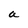
Character: a